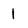
Character: 1